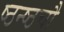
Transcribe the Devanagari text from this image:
ष्ठन्ष्ठचौ